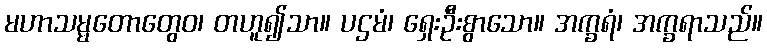
မဟာသမ္မတောတွေဝ၊ တဟူ၍သာ။ ပဌမံ၊ ရှေးဦးစွာသော။ အက္ခရံ၊ အက္ခရာသည်။